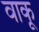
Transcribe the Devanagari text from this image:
वाकू